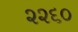
૨૨૬૦